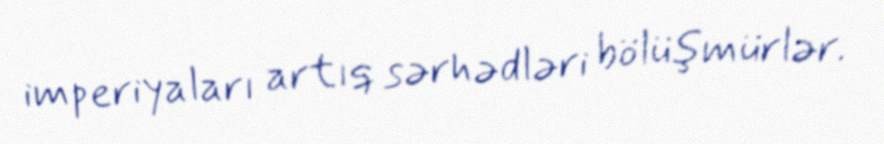
imperiyaları artıq sərhədləri bölüşmürlər.